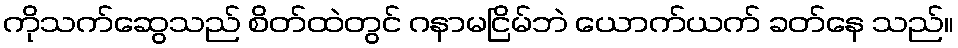
ကိုသက်ဆွေသည် စိတ်ထဲတွင် ဂနာမငြိမ်ဘဲ ယောက်ယက် ခတ်နေ သည်။